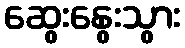
ဆွေးနွေးသွား